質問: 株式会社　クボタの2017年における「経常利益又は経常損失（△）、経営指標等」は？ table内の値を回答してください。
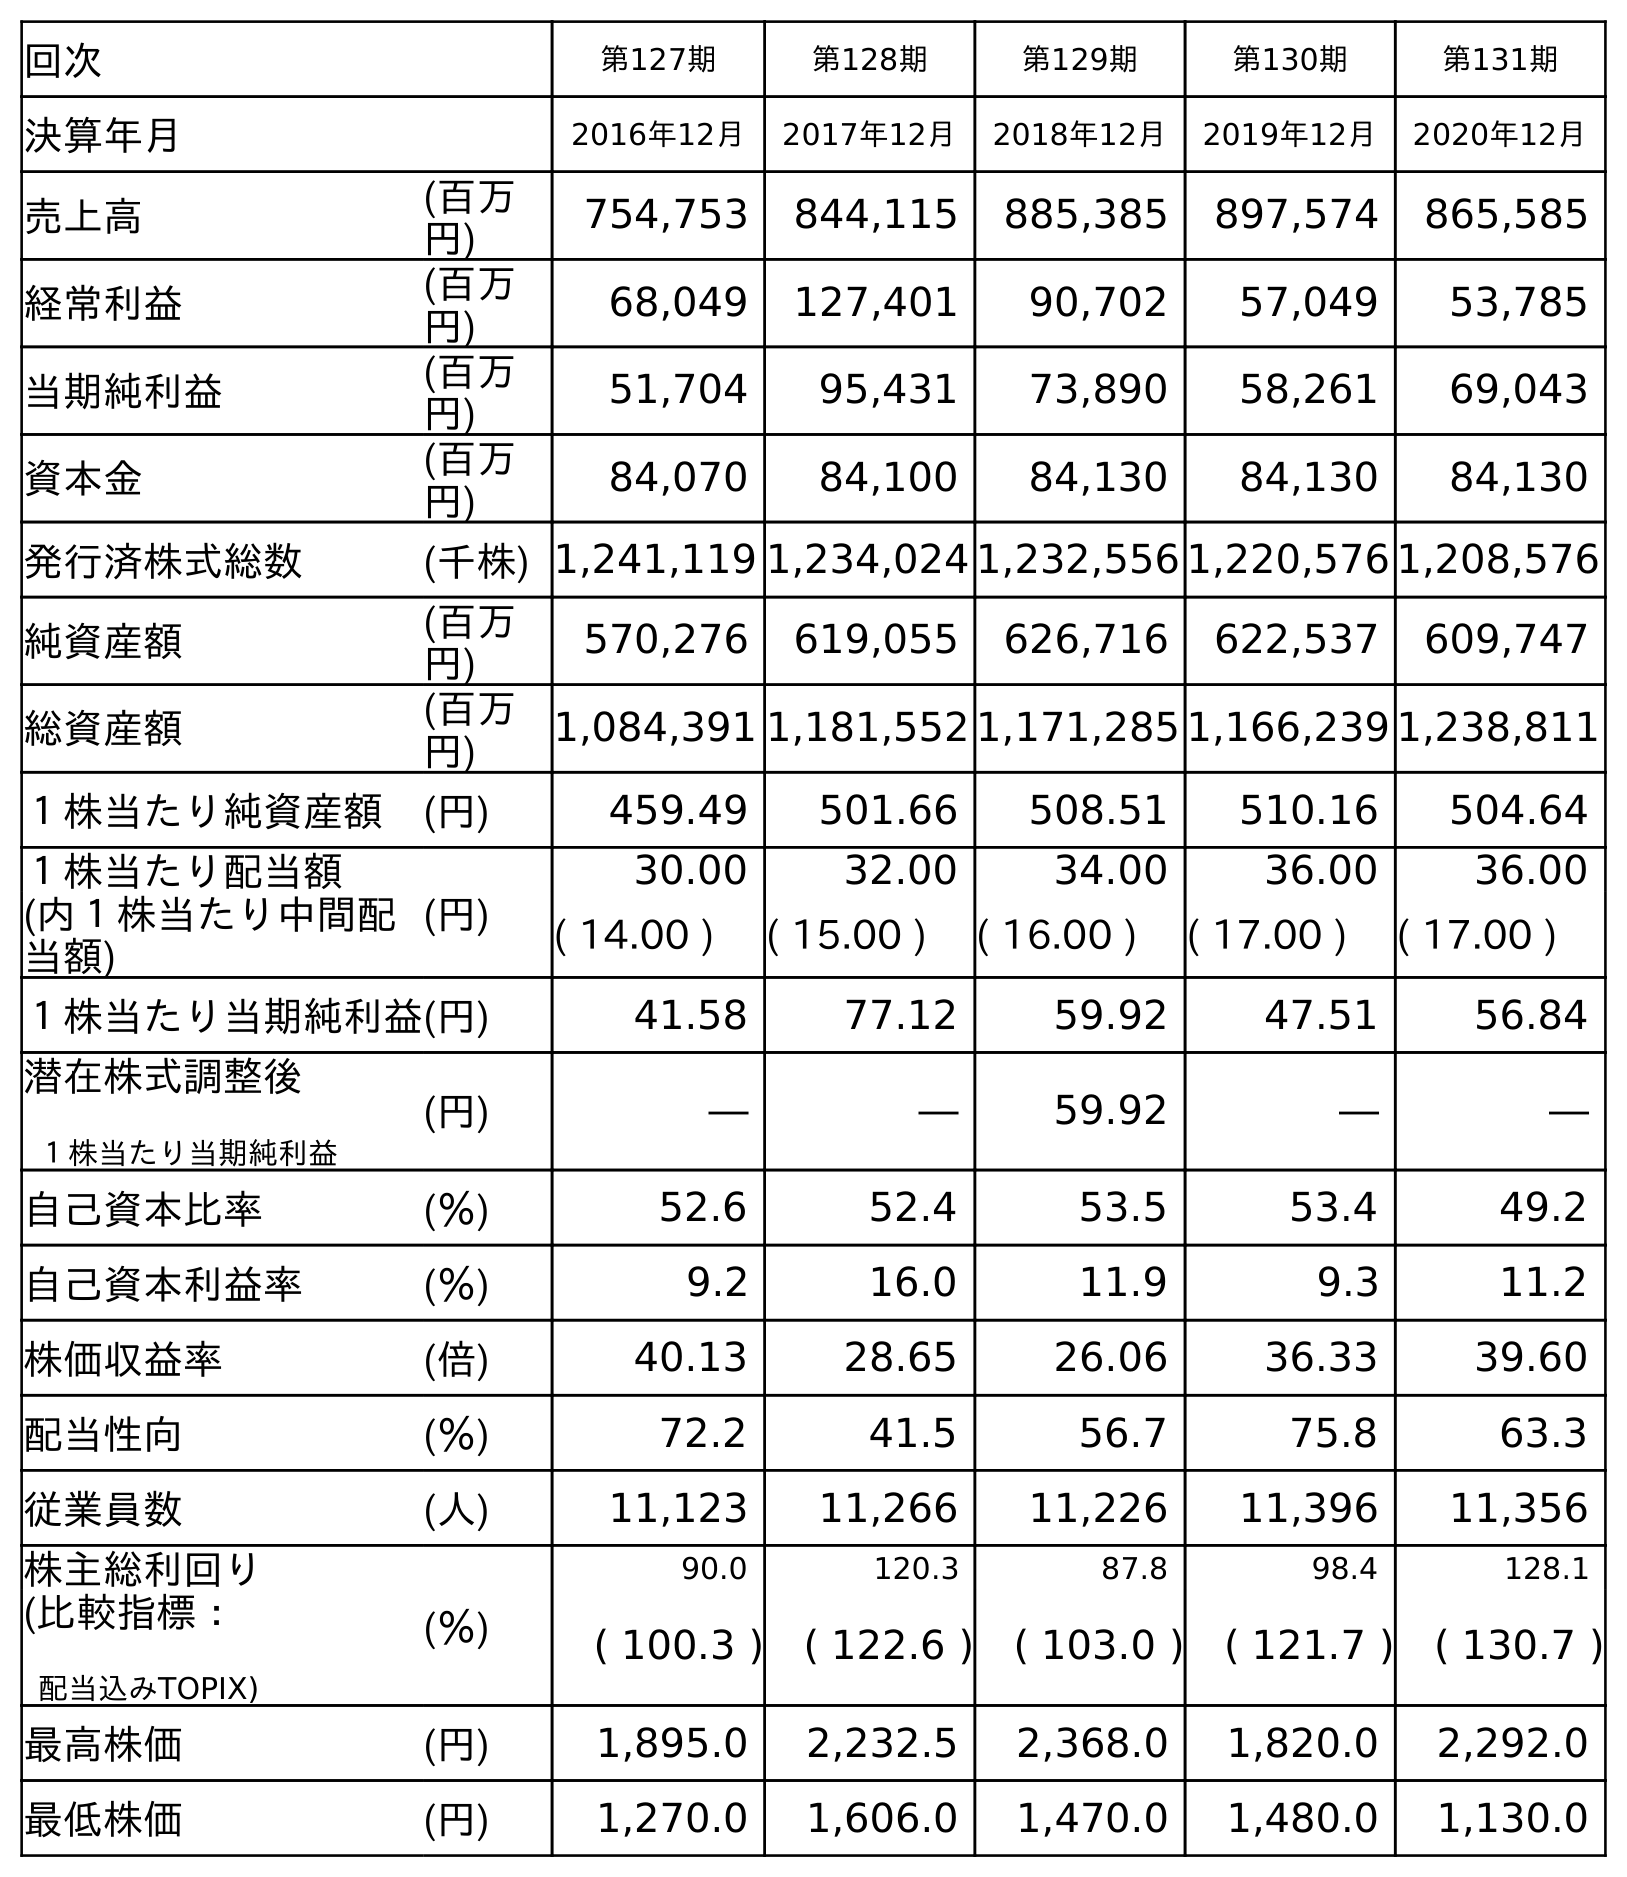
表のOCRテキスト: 回次 第127期 第128期 第129期 第130期 第131期 決算年月 2016年12月 2017年12月 2018年12月 2019年12月 2020年12月 売上高 (百万 円) 754,753 844,115 885,385 897,574 865,585 経常利益 (百万 円) 68,049 127,401 90,702 57,049 53,785 当期純利益 (百万 円) 51,704 95,431 73,890 58,261 69,043 資本金 (百万 円) 84,070 84,100 84,130 84,130 84,130 発行済株式総数 (千株) 1,241,119 1,234,024 1,232,556 1,220,576 1,208,576 純資産額 (百万 円) 570,276 619,055 626,716 622,537 609,747 総資産額 (百万 円) 1,084,391 1,181,552 1,171,285 1,166,239 1,238,811 １株当たり純資産額 (円) 459.49 501.66 508.51 510.16 504.64 １株当たり配当額 (円) 30.00 32.00 34.00 36.00 36.00 (内１株当たり中間配 当額) ( 14.00 ) ( 15.00 ) ( 16.00 ) ( 17.00 ) ( 17.00 ) １株当たり当期純利益(円) 41.58 77.12 59.92 47.51 56.84 潜在株式調整後 １株当たり当期純利益 (円) ― ― 59.92 ― ― 自己資本比率 (％) 52.6 52.4 53.5 53.4 49.2 自己資本利益率 (％) 9.2 16.0 11.9 9.3 11.2 株価収益率 (倍) 40.13 28.65 26.06 36.33 39.60 配当性向 (％) 72.2 41.5 56.7 75.8 63.3 従業員数 (人) 11,123 11,266 11,226 11,396 11,356 株主総利回り (％) 90.0 120.3 87.8 98.4 128.1 (比較指標： 配当込みTOPIX) ( 100.3 ) ( 122.6 ) ( 103.0 ) ( 121.7 ) ( 130.7 ) 最高株価 (円) 1,895.0 2,232.5 2,368.0 1,820.0 2,292.0 最低株価 (円) 1,270.0 1,606.0 1,470.0 1,480.0 1,130.0
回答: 127,401